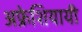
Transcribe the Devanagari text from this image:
अफ्रेशियायी